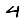
Digit: 4